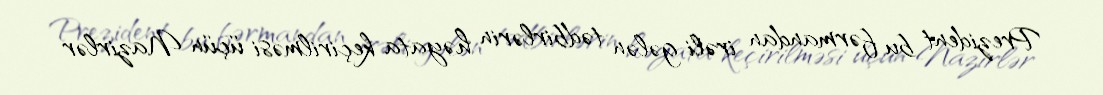
Prezident bu fərmandan irəli gələn tədbirlərin həyata keçirilməsi üçün Nazirlər